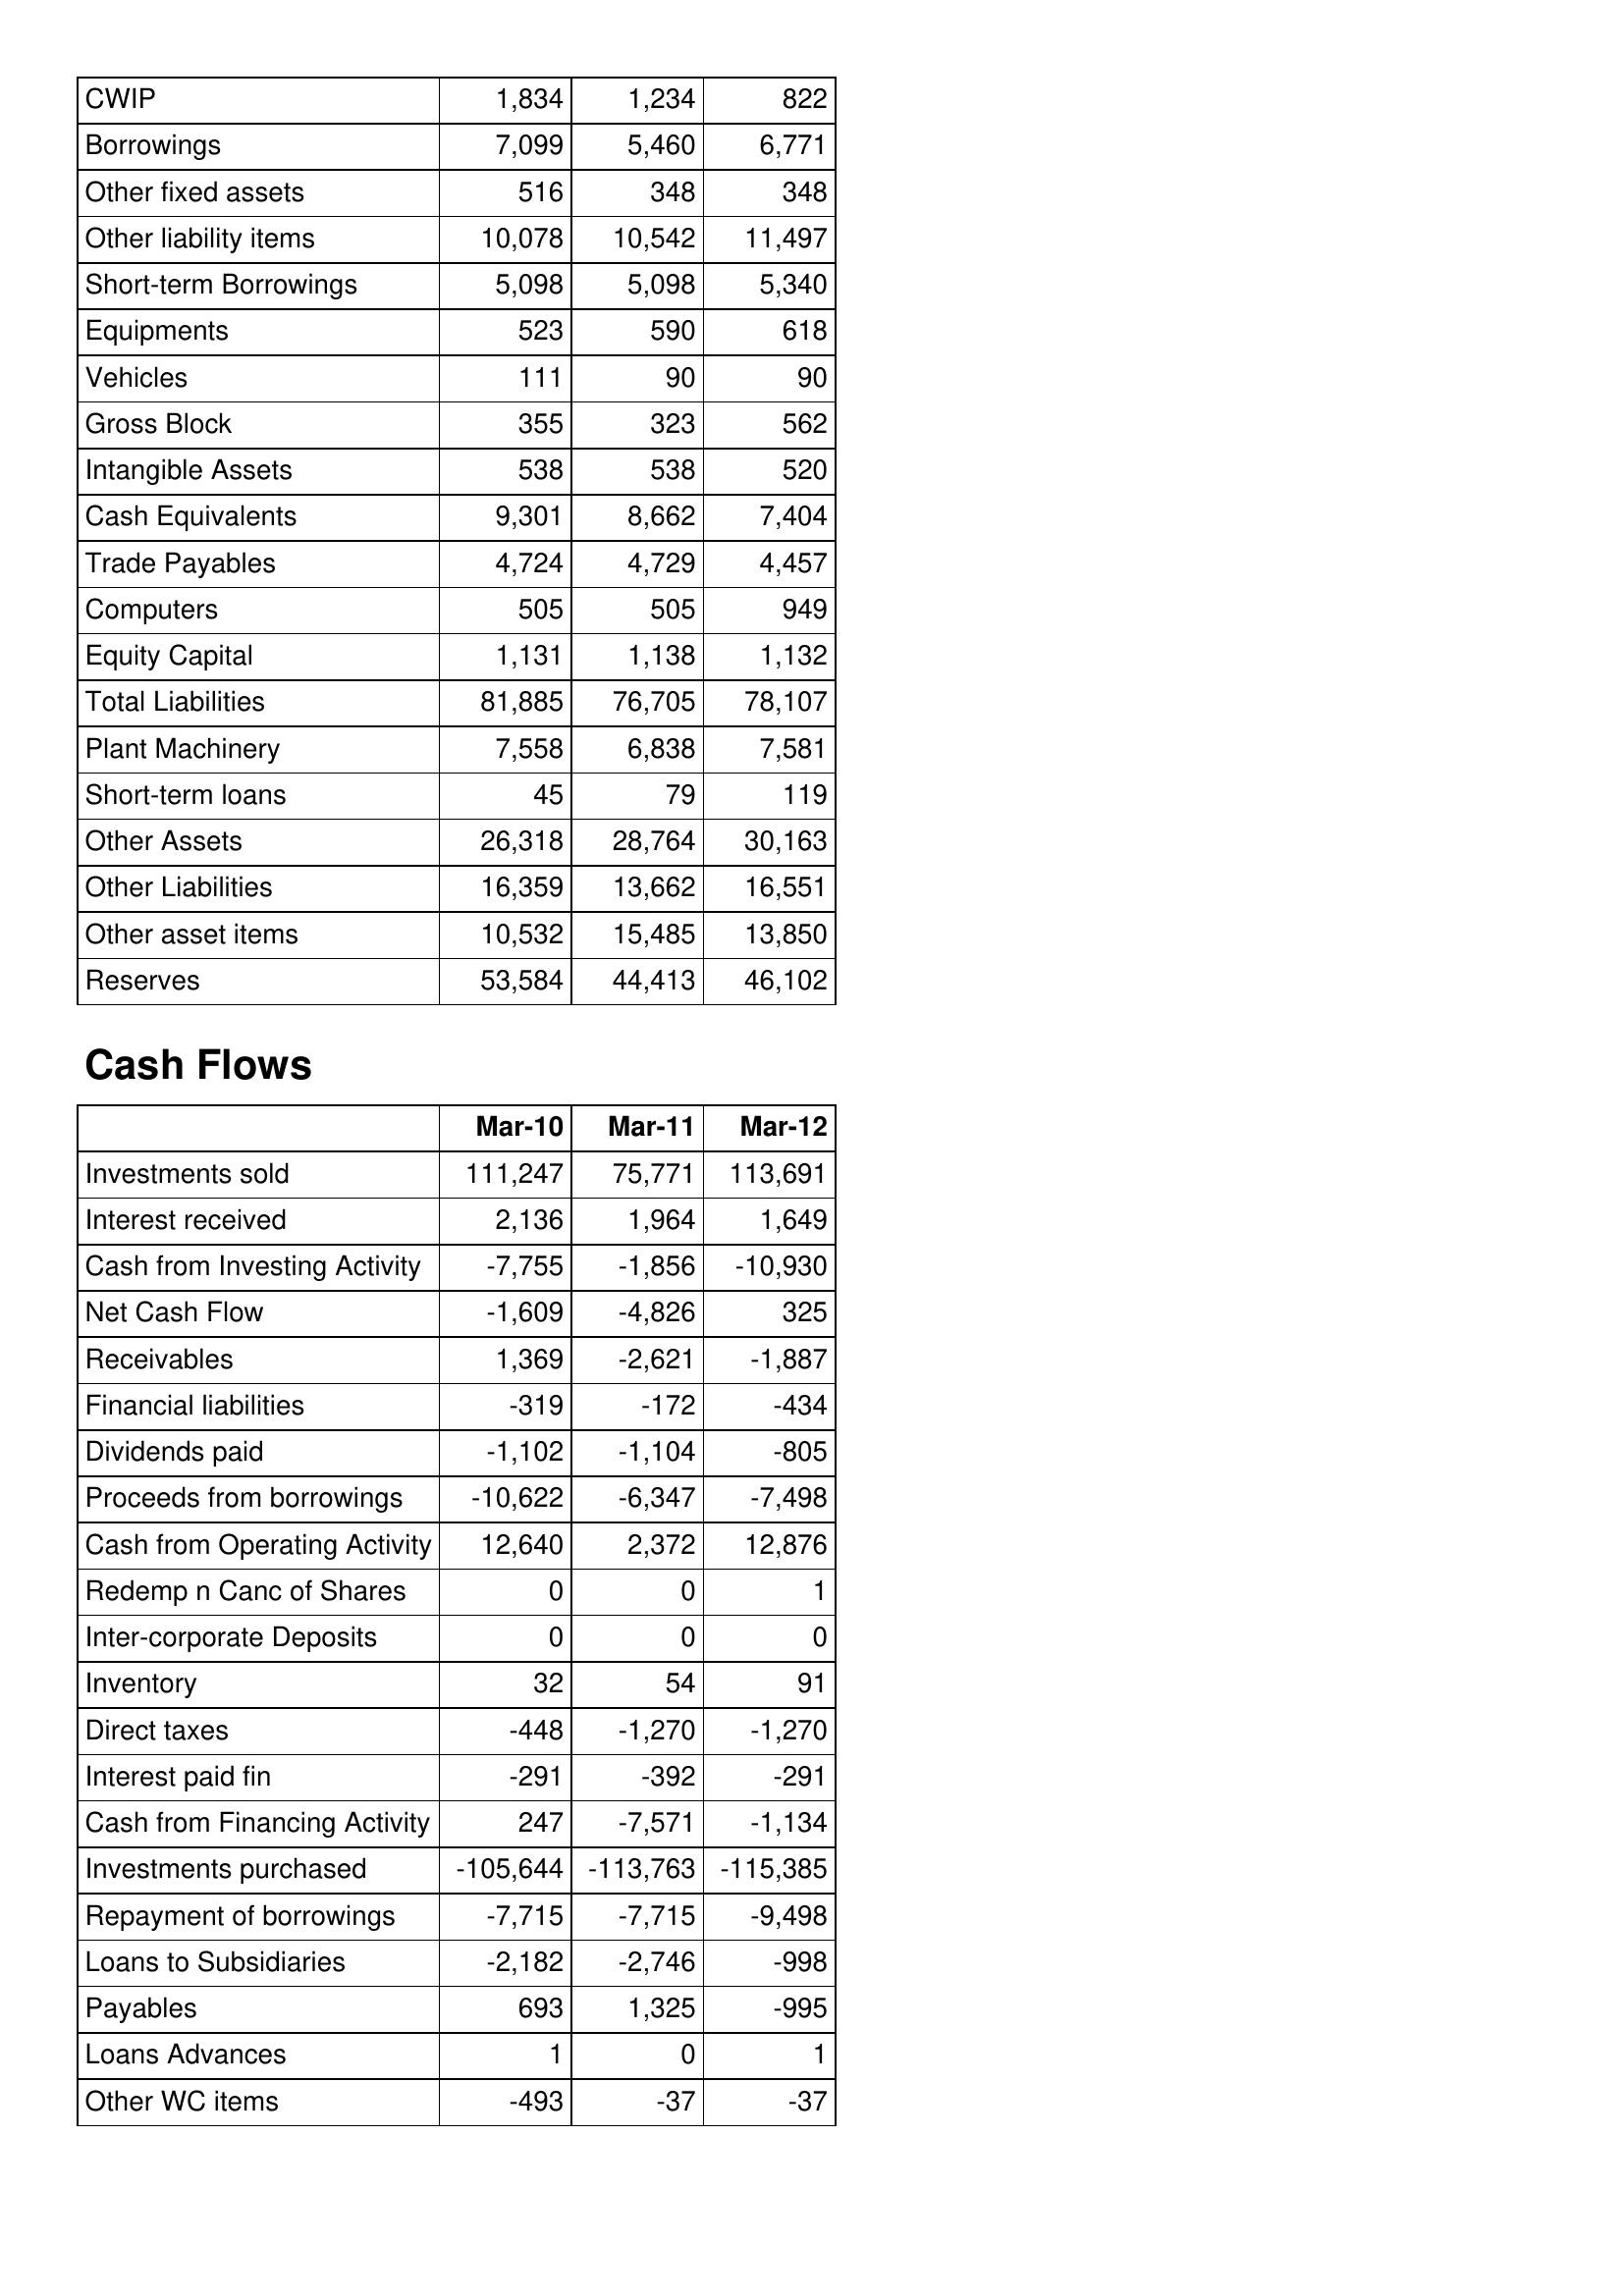
Mar-10: Balance Sheet: CWIP: 1,834
Borrowings: 7,099
Other fixed assets: 516
Other liability items: 10,078
Short-term Borrowings: 5,098
Equipments: 523
Vehicles: 111
Gross Block: 355
Intangible Assets: 538
Cash Equivalents: 9,301
Trade Payables: 4,724
Computers: 505
Equity Capital: 1,131
Total Liabilities: 81,885
Plant Machinery: 7,558
Short-term loans: 45
Other Assets: 26,318
Other Liabilities: 16,359
Other asset items: 10,532
Reserves: 53,584
Cash Flows: Investments sold: 111,247
Interest received: 2,136
Cash from Investing Activity: -7,755
Net Cash Flow: -1,609
Receivables: 1,369
Financial liabilities: -319
Dividends paid: -1,102
Proceeds from borrowings: -10,622
Cash from Operating Activity: 12,640
Redemp n Canc of Shares: 0
Inter-corporate Deposits: 0
Inventory: 32
Direct taxes: -448
Interest paid fin: -291
Cash from Financing Activity: 247
Investments purchased: -105,644
Repayment of borrowings: -7,715
Loans to Subsidiaries: -2,182
Payables: 693
Loans Advances: 1
Other WC items: -493
Mar-11: Balance Sheet: CWIP: 1,234
Borrowings: 5,460
Other fixed assets: 348
Other liability items: 10,542
Short-term Borrowings: 5,098
Equipments: 590
Vehicles: 90
Gross Block: 323
Intangible Assets: 538
Cash Equivalents: 8,662
Trade Payables: 4,729
Computers: 505
Equity Capital: 1,138
Total Liabilities: 76,705
Plant Machinery: 6,838
Short-term loans: 79
Other Assets: 28,764
Other Liabilities: 13,662
Other asset items: 15,485
Reserves: 44,413
Cash Flows: Investments sold: 75,771
Interest received: 1,964
Cash from Investing Activity: -1,856
Net Cash Flow: -4,826
Receivables: -2,621
Financial liabilities: -172
Dividends paid: -1,104
Proceeds from borrowings: -6,347
Cash from Operating Activity: 2,372
Redemp n Canc of Shares: 0
Inter-corporate Deposits: 0
Inventory: 54
Direct taxes: -1,270
Interest paid fin: -392
Cash from Financing Activity: -7,571
Investments purchased: -113,763
Repayment of borrowings: -7,715
Loans to Subsidiaries: -2,746
Payables: 1,325
Loans Advances: 0
Other WC items: -37
Mar-12: Balance Sheet: CWIP: 822
Borrowings: 6,771
Other fixed assets: 348
Other liability items: 11,497
Short-term Borrowings: 5,340
Equipments: 618
Vehicles: 90
Gross Block: 562
Intangible Assets: 520
Cash Equivalents: 7,404
Trade Payables: 4,457
Computers: 949
Equity Capital: 1,132
Total Liabilities: 78,107
Plant Machinery: 7,581
Short-term loans: 119
Other Assets: 30,163
Other Liabilities: 16,551
Other asset items: 13,850
Reserves: 46,102
Cash Flows: Investments sold: 113,691
Interest received: 1,649
Cash from Investing Activity: -10,930
Net Cash Flow: 325
Receivables: -1,887
Financial liabilities: -434
Dividends paid: -805
Proceeds from borrowings: -7,498
Cash from Operating Activity: 12,876
Redemp n Canc of Shares: 1
Inter-corporate Deposits: 0
Inventory: 91
Direct taxes: -1,270
Interest paid fin: -291
Cash from Financing Activity: -1,134
Investments purchased: -115,385
Repayment of borrowings: -9,498
Loans to Subsidiaries: -998
Payables: -995
Loans Advances: 1
Other WC items: -37